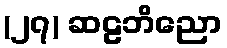
(၂၇) ဆဠဘိညော